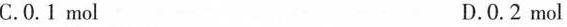
C. 0.1 mol D. 0.2 mol